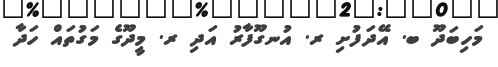
މަހިބަދޫ ބ. އޭދަފުށި ރ. އުނގޫފާރު އަދި ރ. މީދޫގެ މަގުތައް ހަދާ